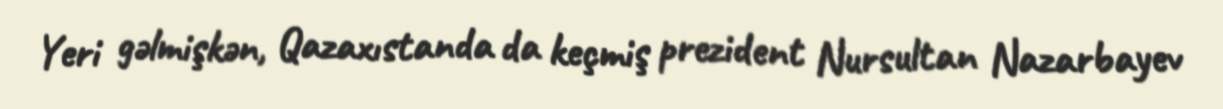
Yeri gəlmişkən, Qazaxıstanda da keçmiş prezident Nursultan Nazarbayev